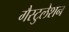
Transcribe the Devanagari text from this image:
गैस्टुलेशन